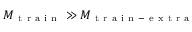
M _ { \mathrm { ~ t ~ r ~ a ~ i ~ n ~ } } \gg M _ { \mathrm { ~ t ~ r ~ a ~ i ~ n ~ - ~ e ~ x ~ t ~ r ~ a ~ } }